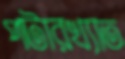
পটারখ্যাত